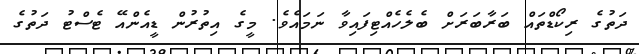
ދަތުގެ ރިކޯޑްތައް ބަރާބަރަށް ބެލެހެއްޓިފައިވާ ނަމައެވެ. މީގެ އިތުރުން ޑީއެންއޭ ޓެސްޓު ދަތުގެ